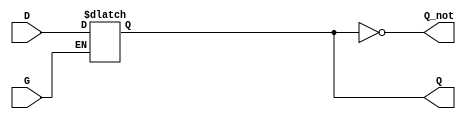
module async_gated_latch (
    input wire D,       // Data input
    input wire G,       // Enable signal
    output reg Q,       // Output
    output wire Q_not   // Complement of the output
);

// Assign the complement output
assign Q_not = ~Q;

// Always block for level-sensitive behavior
always @(*) begin
    if (G) begin
        Q = D; // When G is high, Q follows D
    end
    // When G is low, Q retains its last value (hold state)
end

endmodule